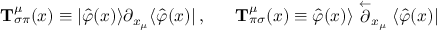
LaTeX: { \bf T } _ { \sigma \pi } ^ { \mu } ( x ) \equiv | \hat { \varphi } ( x ) \rangle \partial _ { x _ { \mu } } \langle \hat { \varphi } ( x ) | \, , \; \; \; \; \; \; { \bf T } _ { \pi \sigma } ^ { \mu } ( x ) \equiv \hat { \varphi } ( x ) \rangle \stackrel { \leftarrow } { \partial } _ { x _ { \mu } } \langle \hat { \varphi } ( x ) |